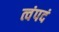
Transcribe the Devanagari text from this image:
त्वंपदं